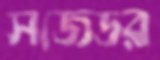
সজেডর